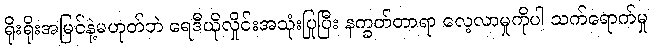
ရိုးရိုးအမြင်နဲ့မဟုတ်ဘဲ ရေဒီယိုလှိုင်းအသုံးပြုပြီး နက္ခတ်တာရာ လေ့လာမှုကိုပါ သက်ရောက်မှု